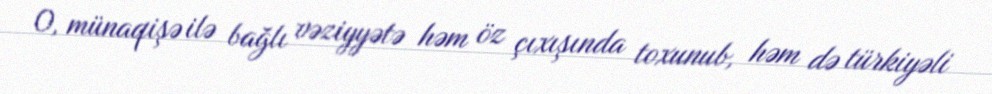
O, münaqişə ilə bağlı vəziyyətə həm öz çıxışında toxunub, həm də türkiyəli